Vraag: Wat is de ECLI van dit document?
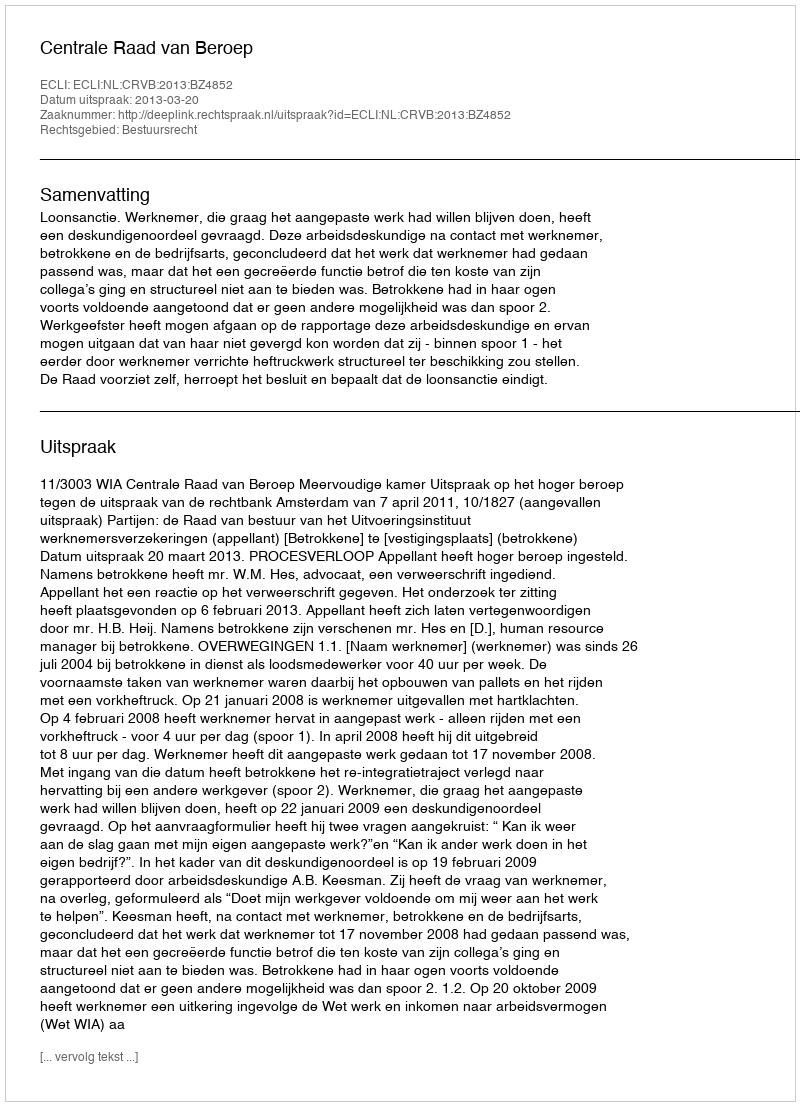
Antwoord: ECLI:NL:CRVB:2013:BZ4852